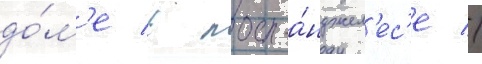
до́м'е в лос-а́нджел'ес'е //